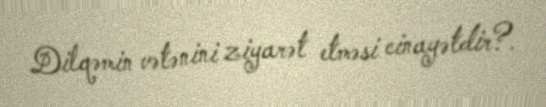
Dilqəmin vətənini ziyarət etməsi cinayətdir?.